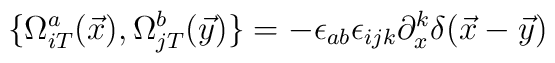
\{ \Omega_{iT}^{a}(\vec x), \Omega_{jT}^{b}(\vec y) \} = -\epsilon_{ab} \epsilon_{ijk} \partial^{k}_{x} \delta (\vec x - \vec y)